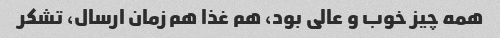
همه چیز خوب و عالی بود، هم غذا هم زمان ارسال، تشکر